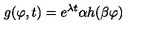
g ( \varphi , t ) = e ^ { \lambda t } \alpha h ( \beta \varphi )